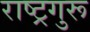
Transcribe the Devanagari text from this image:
राष्ट्रगुरू